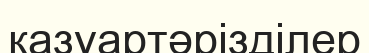
казуартәрізділер